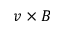
v \times B